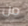
من